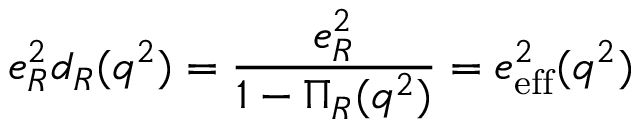
e _ { R } ^ { 2 } d _ { R } ( q ^ { 2 } ) = \frac { e _ { R } ^ { 2 } } { 1 - \Pi _ { R } ( q ^ { 2 } ) } = e _ { \mathrm { e f f } } ^ { 2 } ( q ^ { 2 } )